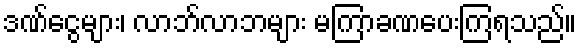
ဒဏ်ငွေများ၊ လာဘ်လာဘများ မကြာခဏပေးကြရသည်။